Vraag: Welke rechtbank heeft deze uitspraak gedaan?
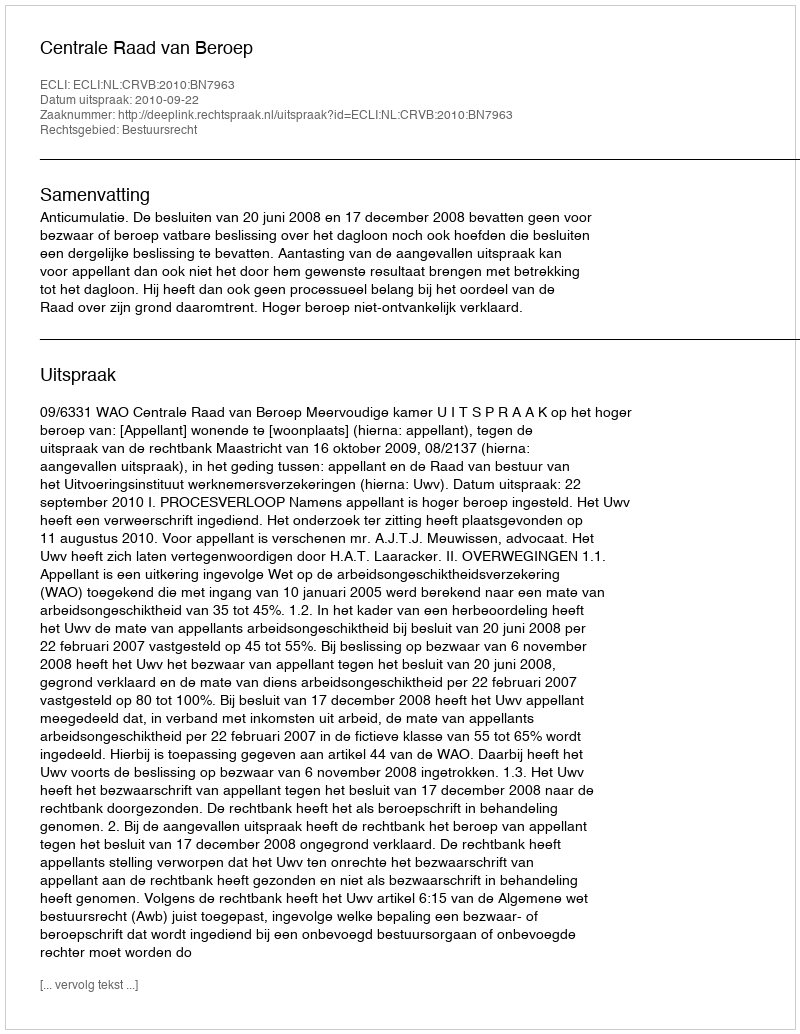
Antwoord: Centrale Raad van Beroep